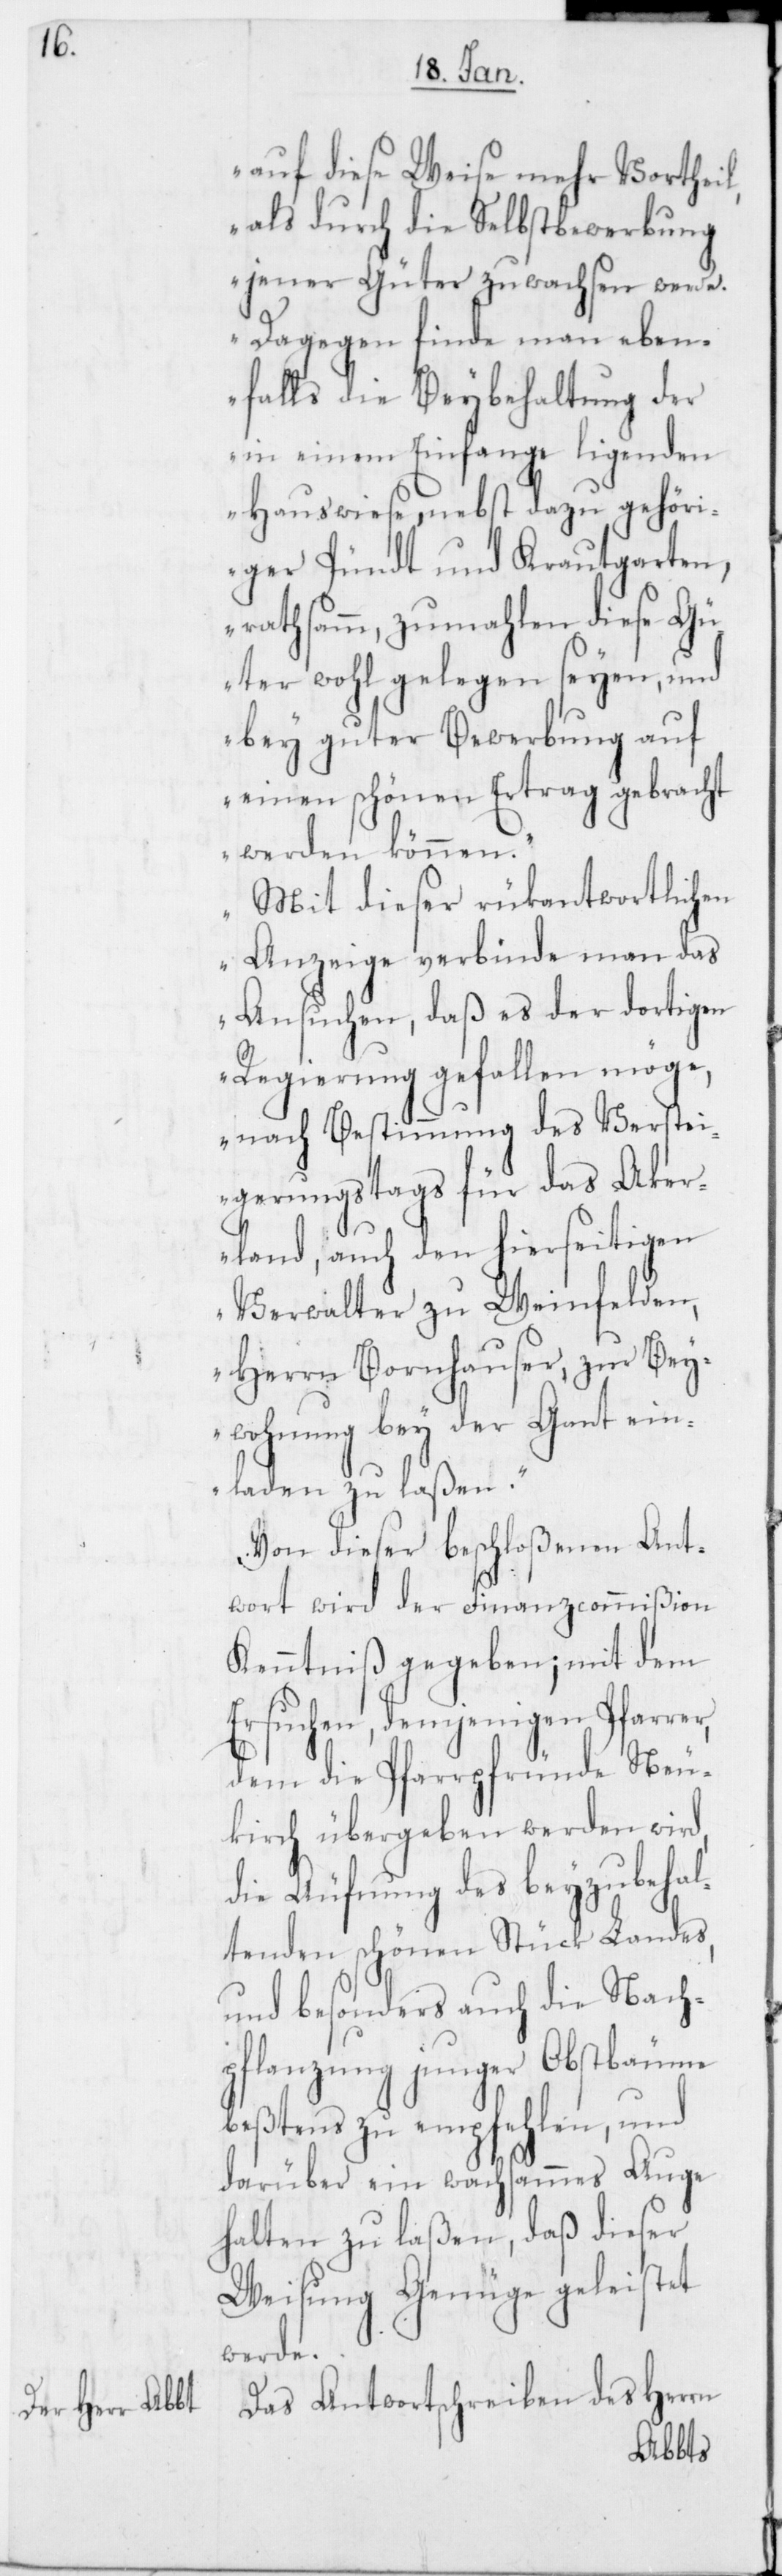
auf diese Weise mehr Vortheil,
als durch die Selbstbewerbung
jener Güter zuwachsen werde.
Dagegen finde man eben¬
falls die Beybehaltung der
in einem Einfange ligenden
Hauswiese, nebst dazu gehöri¬
ger Pündt und Krautgarten,
rathsamm, zumahlen diese Gü¬
ter wohl gelegen seyen und
bey guter Bewerbung auf
einen schönen Ertrag gebracht
werden können.
Mit dieser rükantwortlichen
Anzeige verbinde man das
Ansuchen, daß es der dortigen
Regierung gefallen möge,
nach Bestimmung des Verstei¬
gerungstags für das Aker¬
land, auch den hierseitigen
Verwalter zu Weinfelden,
Herrn Bornhauser, zur Bey¬
wohnung bey der Gant ein¬
laden zu laßen.“
Von dieser beschloßenen Ant¬
wort wird der Finanzcommißion
Kenntniß gegeben; mit dem
Ersuchen, demjenigen Pfarrer,
dem die Pfarrpfründe Neu¬
kirch übergeben werden wird,
die Äufnung des beyzubehal¬
tenden schönen Stück Landes,
und besonders auch die Nach¬
pflanzung junger Obstbäume
beßtens zu empfehlen, und
darüber ein wachsammes Auge
halten zu laßen, daß dieser
Weisung Genüge geleistet
werde.
Das Antwortschreiben des Herrn